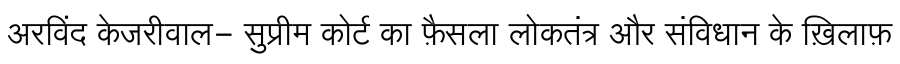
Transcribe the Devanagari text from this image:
अरविंद केजरीवाल- सुप्रीम कोर्ट का फ़ैसला लोकतंत्र और संविधान के ख़िलाफ़